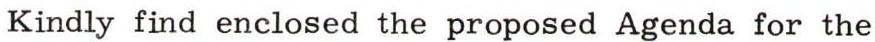
Kindly find enclosed the proposed Agenda for the